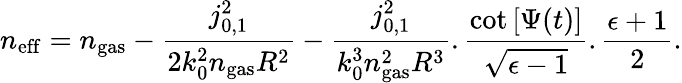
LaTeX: n_{\mathrm{eff}}=n_{\mathrm{gas}}-\frac{j_{0,1}^{2}}{2k_{0}^{2}n_{\mathrm{gas}}R^{2}}-\frac{j_{0,1}^{2}}{k_{0}^{3}n_{\mathrm{gas}}^{2}R^{3}}.\frac{\mathrm{cot}\left[\Psi(t)\right]}{\sqrt{\epsilon-1}}.\frac{\epsilon+1}{2}.